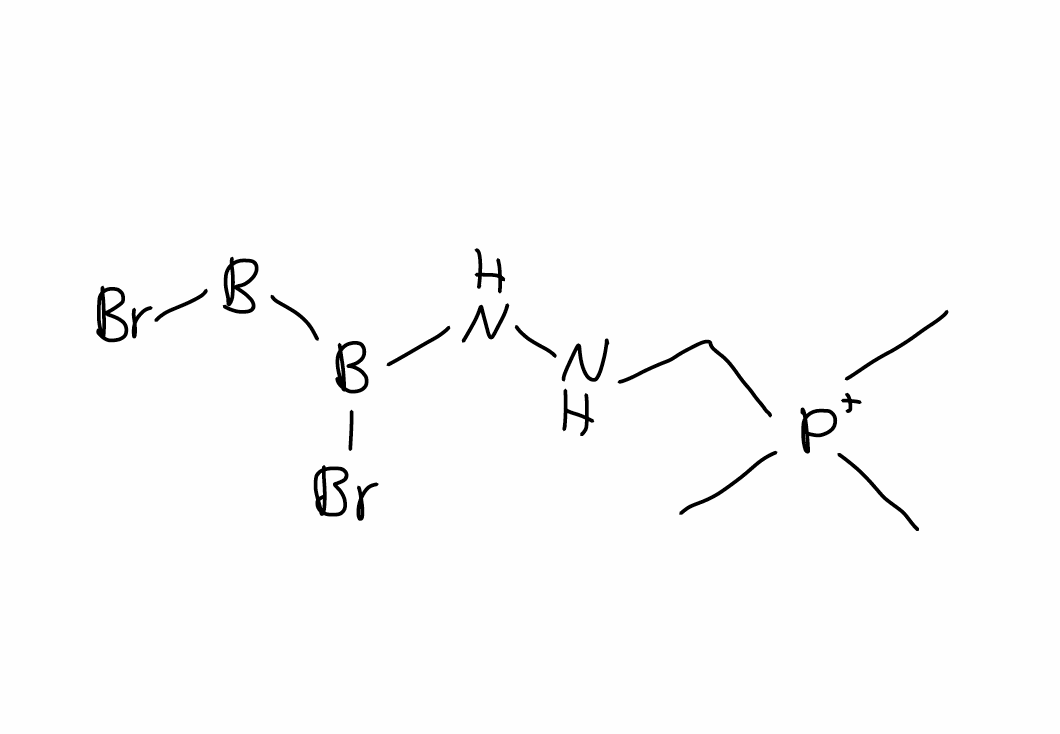
Simplified molecular-input line-entry system (SMILES) notation of the given molecule:
[B](B(NNC[P+](C)(C)C)Br)Br